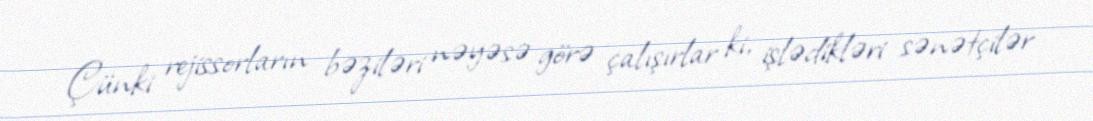
Çünki rejissorların bəziləri nəyəsə görə çalışırlar ki, işlədikləri sənətçilər